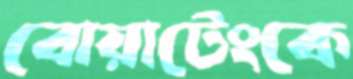
বোয়াটেংকে